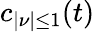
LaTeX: c_{\lvert\nu\rvert\leq 1}(t)